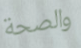
والصحة